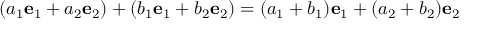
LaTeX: ( a _ { 1 } { \mathbf { e } } _ { 1 } + a _ { 2 } { \mathbf { e } } _ { 2 } ) + ( b _ { 1 } { \mathbf { e } } _ { 1 } + b _ { 2 } { \mathbf { e } } _ { 2 } ) = ( a _ { 1 } + b _ { 1 } ) { \mathbf { e } } _ { 1 } + ( a _ { 2 } + b _ { 2 } ) { \mathbf { e } } _ { 2 }